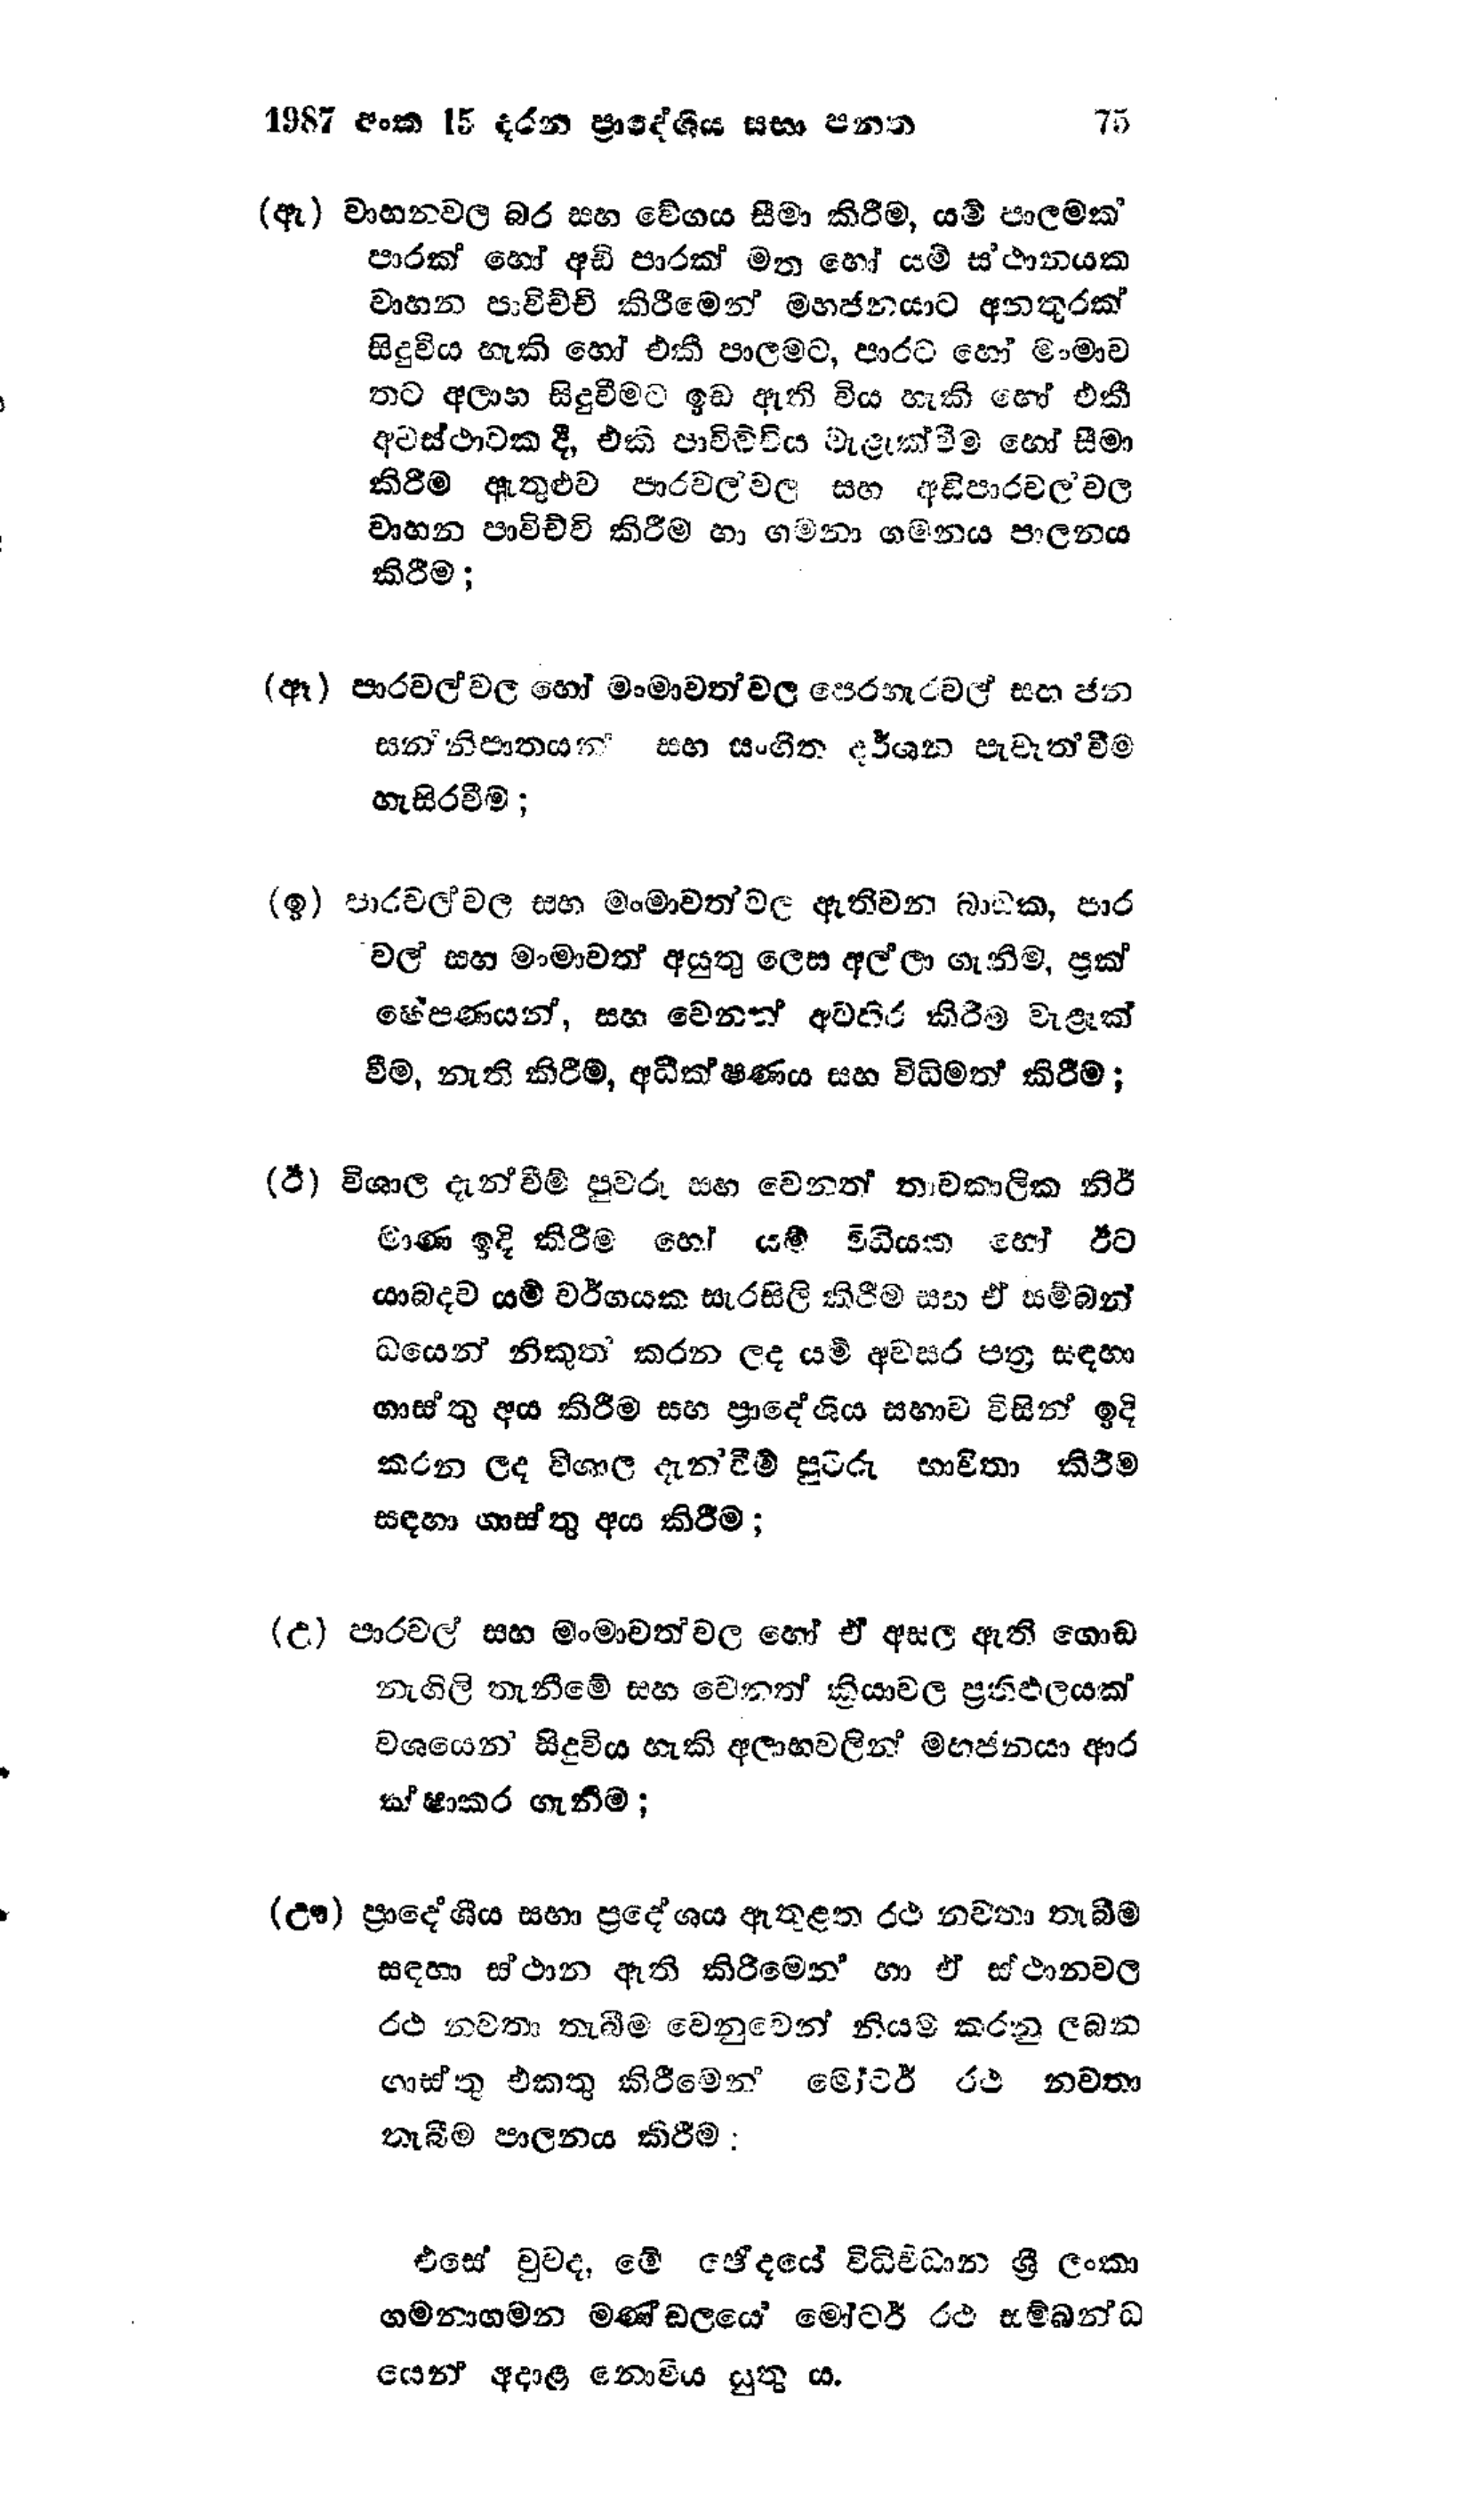
1987 අංක 15 දරන ප්‍රාදේශිය සභා පනත 75

(ඇ) වාහනවල බර සහ වේගය සීමා කිරීම, යම් පාලමක්
පාරක් හෝ අඩි පාරක් මත හෝ යම් ස්ථානයක
වාහන පාවිච්චි කිරීමෙන් මහජනයාට අනතුරක්
සිදුවිය හැකි හෝ එකී පාලමට, පාරට හෝ මංමාව
තට අලාභ සිදු වීමට ඉඩ ඇති විය හැකි හෝ එකී
අවස්ථාවක දී, එකී පාවිචිච්චිය වැළැක්වීම හෝ සීමා
කිරීම ඇතුළුව පාරවල්වල සහ අඩිපාරවල් වල
වාහන පාවිච්චි කිරීම හා ගමනා ගමනය පාලනය
කිරීම;

(ඈ) පාරවල්වල හෝ මංමාවත් වල පෙරහැරවල් සහ ජන
සන්නිපාතයන් සහ සංගීත දර්ශන පැවැත්වීම
හැසිරවීම;

(ඉ) පාරවල්වල සහ මංමාවත් වල ඇතිවන බාධක, පාර
වල් සහ මංමාවත් අයුතු ලෙස අල්ලා ගැනිම, ප්‍රක්
ෂේපණයන්, සහ වෙනත් අවහිර කිරීම වැළැක්
වීම, නැති කිරීම්, අධීක්ෂණය සහ විධිමත් කිරීම;

(ඊ) විශාල දැන්වීම් පුවරු සහ වෙනත් තාවකාලික නිර්
මාණ ඉදි කිරීම හෝ යම් විධියක හෝ ඊට
යාබදව යම් වර්ගයක සැරසිලි කිරීම සහ ඒ සම්බන්
ධයෙන් නිකුත‍් කරන ලද යම් අවසර පත්‍ර සඳහා
ගාස්තු අය කිරීම සහ ප්‍රාදේශිය සභාව විසින් ඉදි
කරන ලද විශාල දැන්වීම් පුවරු භාවිතා කිරීම
සඳහා ගාස්තු අය කිරීම;

(උ) පාරවල් සහ මංමාවත්වල හෝ ඒ අසල ඇති ගොඩ
නැගිලි තැනීමේ සහ වෙනත් ක්‍රියාවල ප්‍රතිඵලයක්
වශයෙන් සිදුවිය හැකි අලාභවලින් මහජනයා ආර
ක්ෂාකර ගැනීම;

(ඌ) ප්‍රාදේශීය සභා ප්‍රදේශය ඇතුළත රථ නවතා තැබීම
සඳහා ස්ථාන ඇති කිරීමෙන් හා ඒ ස්ථානවල
රථ නවතා තැබීම වෙනුවෙන් නියම් කරනු ලබන
ගාස්තු එකතු කිරීමෙන් මෝටර් රථ නවතා
තැබීම පාලනය කිරීම:

එසේ වුව ද, මේ ඡේදයේ විධිවිධාන ශ්‍රී ලංකා
ගමනාගමන මණ්ඩලයේ මෝටර් රථ සම්බන්ධ
යෙන් අදාළ නොවිය යුතුය.